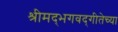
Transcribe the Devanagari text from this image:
श्रीमद्‌भगवद्‌गीतेच्या